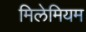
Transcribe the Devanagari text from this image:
मिलेमियम